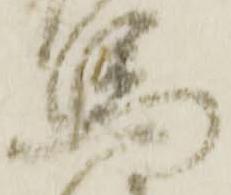
馬